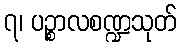
၇၊ ပဉ္စာလစဏ္ဍသုတ်